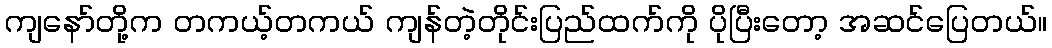
ကျနော်တို့က တကယ့်တကယ် ကျန်တဲ့တိုင်းပြည်ထက်ကို ပိုပြီးတော့ အဆင်ပြေတယ်။